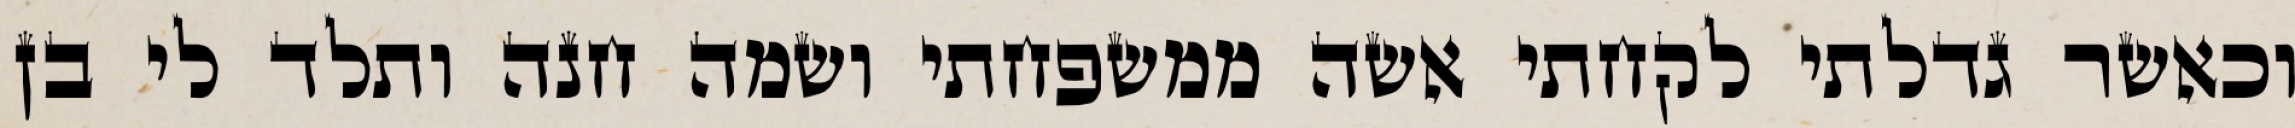
וכאשר גדלתי לקחתי אשה ממשפחתי ושמה חנה ותלד לי בן